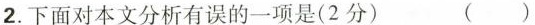
2.下面对本文分析有误的一项是(2分) ()